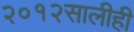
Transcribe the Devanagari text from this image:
२०१२सालीही